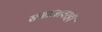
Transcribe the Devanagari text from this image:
समाजावरही